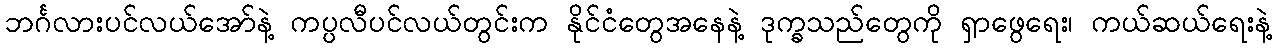
ဘင်္ဂလားပင်လယ်အော်နဲ့ ကပ္ပလီပင်လယ်တွင်းက နိုင်ငံတွေအနေနဲ့ ဒုက္ခသည်တွေကို ရှာဖွေရေး၊ ကယ်ဆယ်ရေးနဲ့